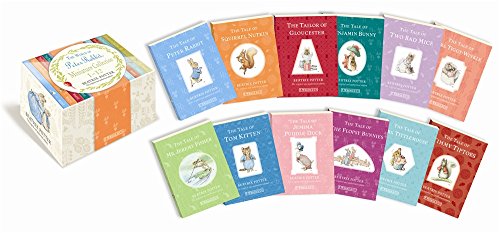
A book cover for Miniature World of Peter Rabbit 12 copy Mini drawer R/I; Beatrix Potter; Children's Books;